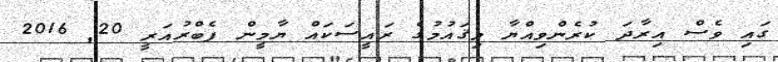
ގައި ވެސް އިރާދަ ކުރެންވިއްޔާ މިޤައުމުގެ ރައީސަކައް ޔާމީން ފެބްރުއަރީ 20